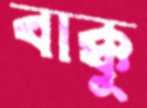
বাক্কু